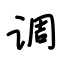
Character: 调